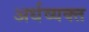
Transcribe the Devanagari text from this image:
अर्धव्यक्त